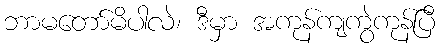
ဘာမတော်မိပါလဲ၊ ဒီမှာ အကုန်ကျကွဲကုန်ပြီ